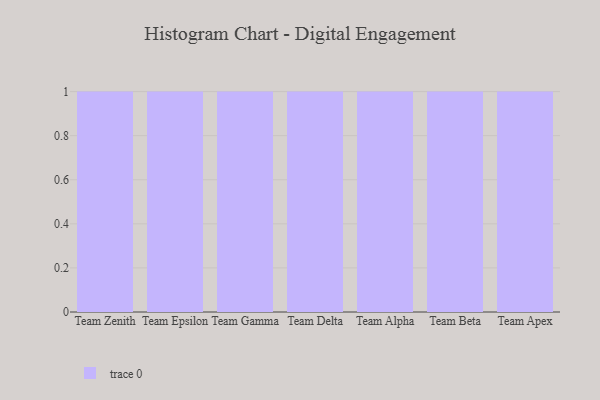
{"axis": {"x": "Team", "y": "Budget (USD K)"}, "legend": [""], "data": [{"x": "Team Zenith", "y": 17, "type": ""}, {"x": "Team Epsilon", "y": 78, "type": ""}, {"x": "Team Gamma", "y": 32, "type": ""}, {"x": "Team Delta", "y": 39, "type": ""}, {"x": "Team Alpha", "y": 51, "type": ""}, {"x": "Team Beta", "y": 93, "type": ""}, {"x": "Team Apex", "y": 42, "type": ""}]}